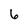
Character: 6